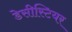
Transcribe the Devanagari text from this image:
डेसीस्टियर